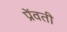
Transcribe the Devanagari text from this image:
प्रेंवती